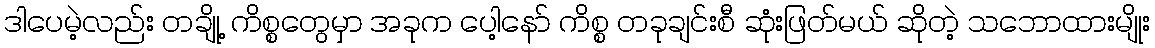
ဒါပေမဲ့လည်း တချို့ ကိစ္စတွေမှာ အခုက ပေါ့နော် ကိစ္စ တခုချင်းစီ ဆုံးဖြတ်မယ် ဆိုတဲ့ သဘောထားမျိုး